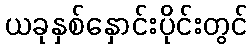
ယခုနှစ်နှောင်းပိုင်းတွင်